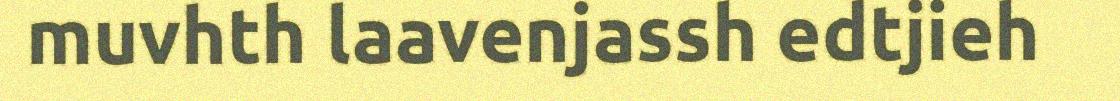
muvhth laavenjassh edtjieh